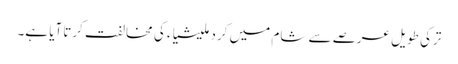
ترکی طویل عرصے سے شام میں کرد ملیشیاء کی مخالفت کرتاآیا ہے۔